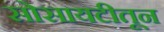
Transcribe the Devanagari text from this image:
सोसायटीतून